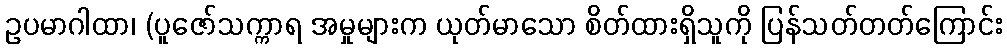
ဥပမာဂါထာ၊ (ပူဇော်သက္ကာရ အမှုများက ယုတ်မာသော စိတ်ထားရှိသူကို ပြန်သတ်တတ်ကြောင်း